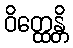
ဝိတ္ထေန္တိ